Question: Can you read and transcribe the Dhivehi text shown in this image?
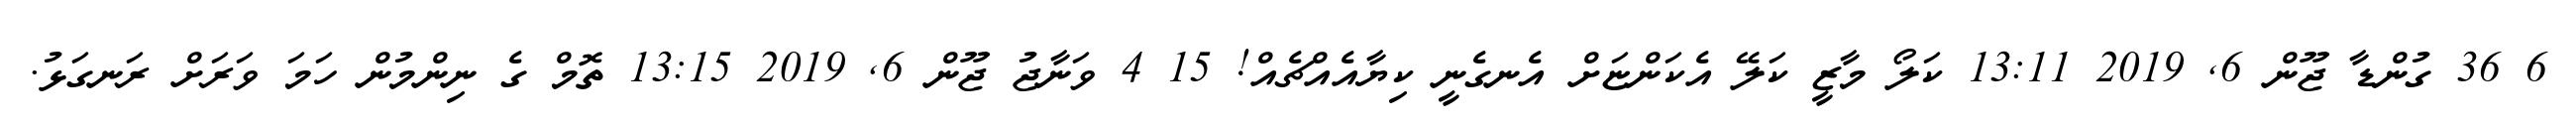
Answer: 6 36 ގުންޑާ ޖޫން 6, 2019 13:11 ކަލޯ މާޒީ ކަލޭ އެކަންޏަށް އެނގެނީ ކިޔާއެއްޗެއް! 15 4 ވަނާޖު ޖޫން 6, 2019 13:15 ތޮމް ގެ ނިންމުން ހަމަ ވަރަށް ރަނގަޅު.